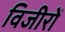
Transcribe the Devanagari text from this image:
विजीरों